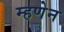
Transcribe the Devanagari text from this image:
म्हणेन